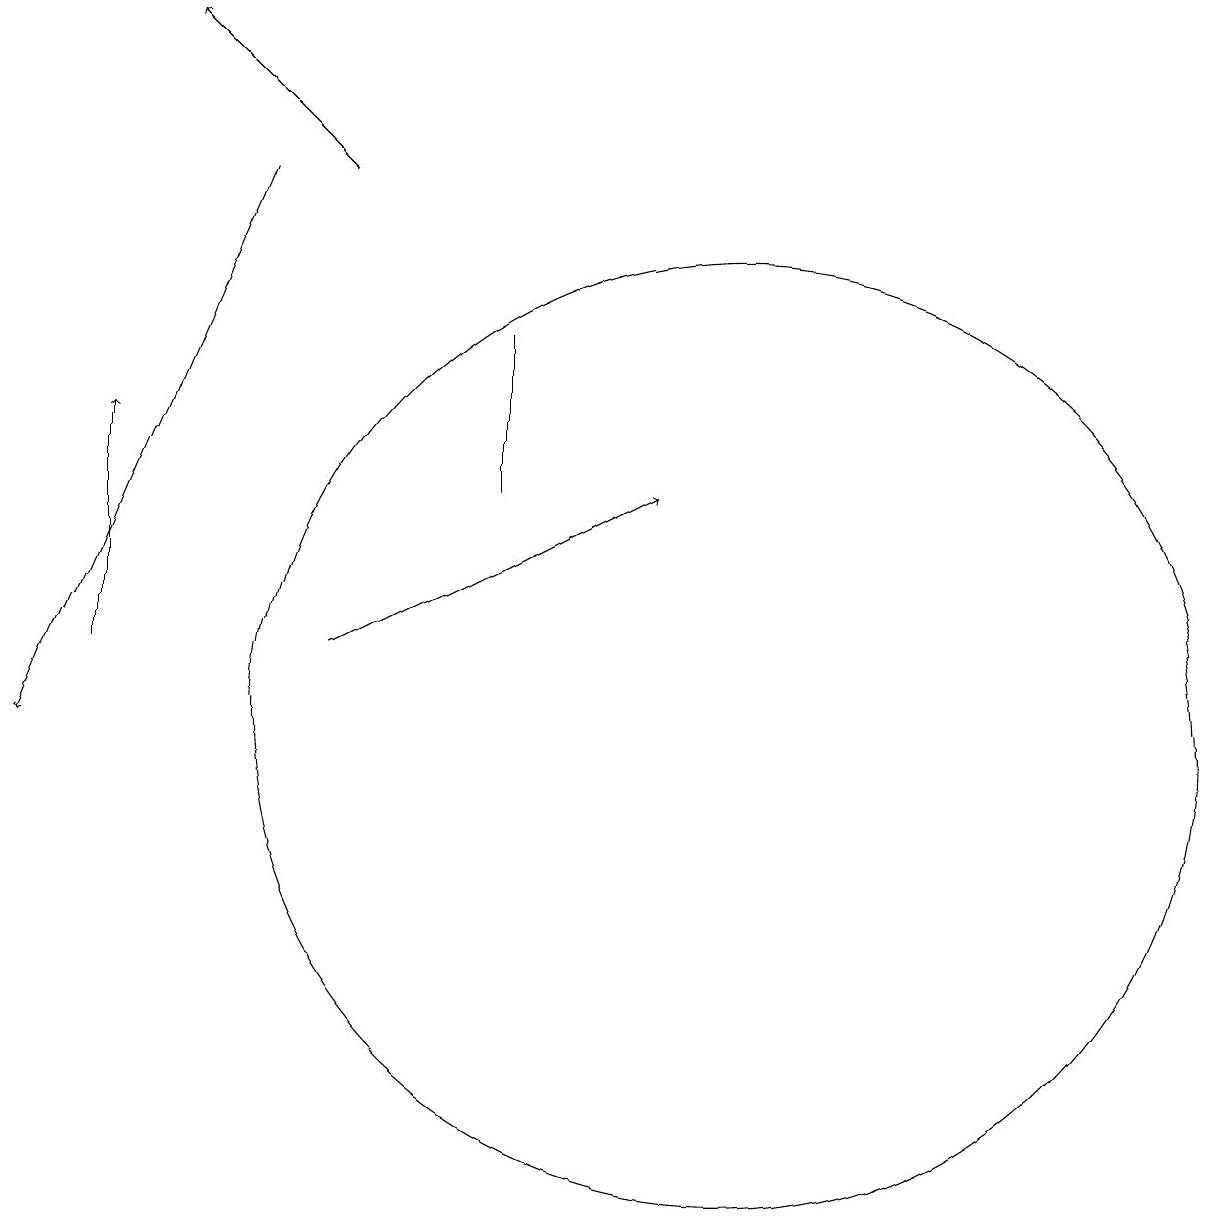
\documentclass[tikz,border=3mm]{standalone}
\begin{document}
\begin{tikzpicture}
\draw (7,15) rectangle (7,13);
\draw[->] (5,17) -- (3,19);
\draw[->] (5,11) -- (9,13);
\draw[->] (4,17) -- (1,10);
\draw[->] (2,11) -- (2,14);
\draw (10,10) circle (6);
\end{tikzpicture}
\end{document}